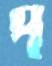
প